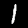
Label: 1